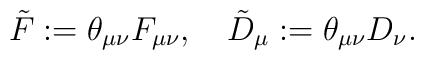
\tilde F := \theta_{\mu\nu}F_{\mu\nu},\quad \tilde D_\mu := \theta_{\mu\nu}D_\nu.